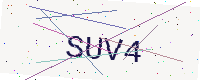
Text: SUV4